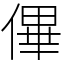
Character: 𠌫